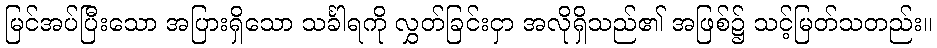
မြင်အပ်ပြီးသော အပြားရှိသော သင်္ခါရကို လွှတ်ခြင်းငှာ အလိုရှိသည်၏ အဖြစ်၌ သင့်မြတ်သတည်း။